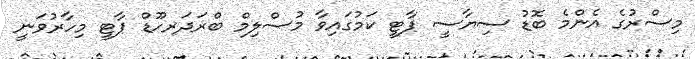
މިސްރުގެ އެންމެ ބޮޑު ސިޔާސީ ޕާޓީ ކަމުގައިވާ މުސްލިމް ބްރަދަރހޫޑް ޕާޓީ މިހާރުވަނީ